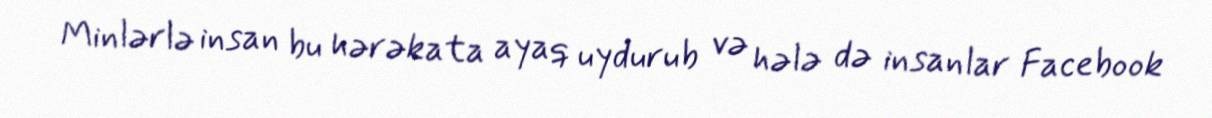
Minlərlə insan bu hərəkata ayaq uydurub və hələ də insanlar Facebook